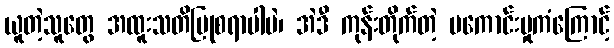
ယူတဲ့သူတွေ အထူးသတိပြုစရာပါပဲ၊ အဲဒီ ကုန်းတိုက်တဲ့ မကောင်းမှုကံကြောင့်